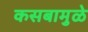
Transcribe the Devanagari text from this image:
कसबामुळे